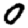
Digit: 0